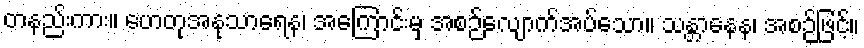
တနည်းကား။ ဟေတုအနုသာရေန၊ အကြောင်းမှ အစဉ်လျောက်အပ်သော။ သန္တာနေန၊ အစဉ်ဖြင့်။